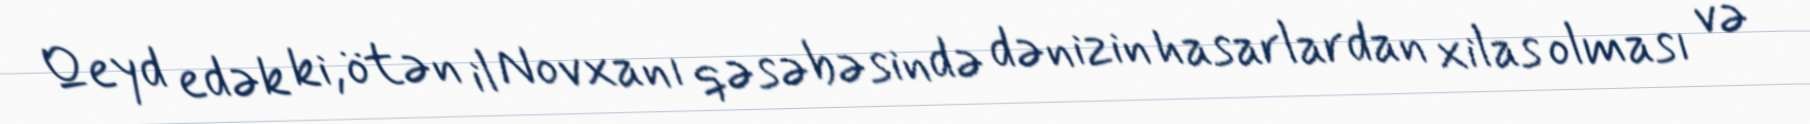
Qeyd edək ki, ötən il Novxanı qəsəbəsində dənizin hasarlardan xilas olması və